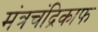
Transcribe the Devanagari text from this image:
मंत्रचंद्रिकाफ